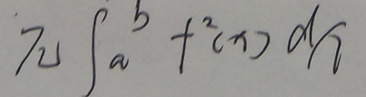
$\pi\int_{a}^{b}f^{2}(x)dx$